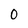
Character: 0